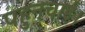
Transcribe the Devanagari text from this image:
पहुनचाई।